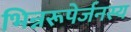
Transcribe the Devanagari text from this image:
भिन्नरूपेर्जनस्य